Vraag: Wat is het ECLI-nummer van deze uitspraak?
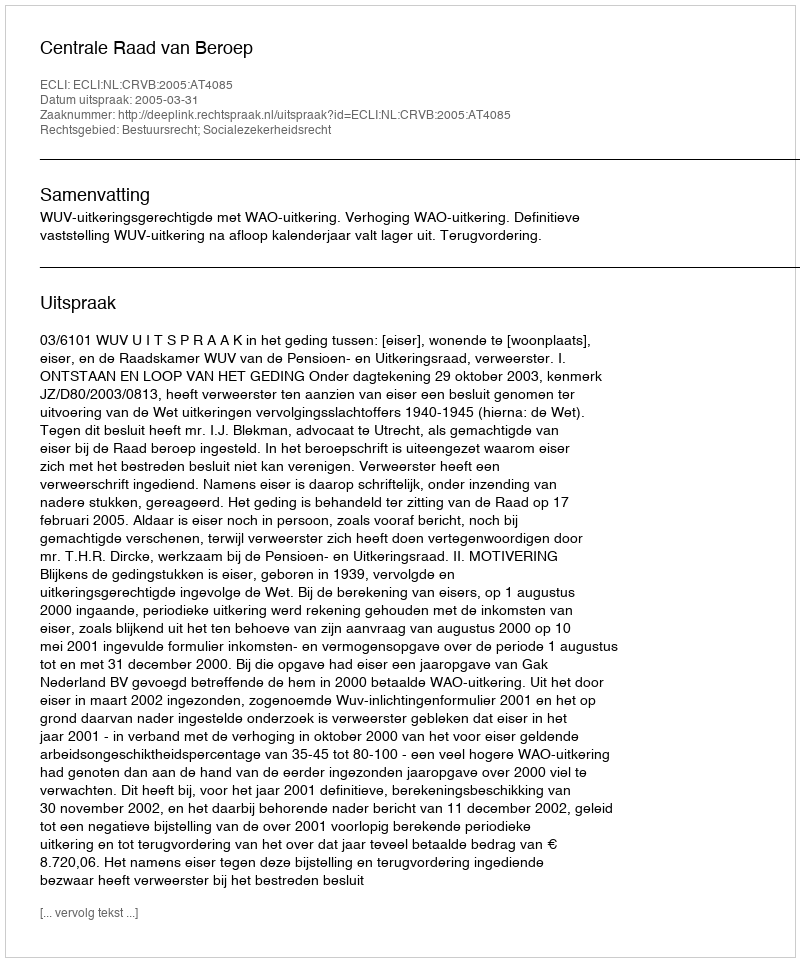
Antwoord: ECLI:NL:CRVB:2005:AT4085